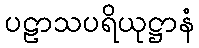
ပဠာသပရိယုဋ္ဌာနံ